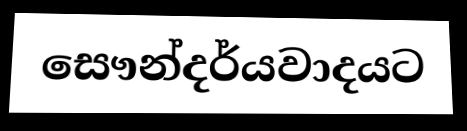
සෞන්දර්යවාදයට